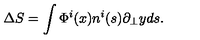
\Delta S = \int \Phi ^ { i } ( x ) n ^ { i } ( s ) \partial _ { \bot } y d s .